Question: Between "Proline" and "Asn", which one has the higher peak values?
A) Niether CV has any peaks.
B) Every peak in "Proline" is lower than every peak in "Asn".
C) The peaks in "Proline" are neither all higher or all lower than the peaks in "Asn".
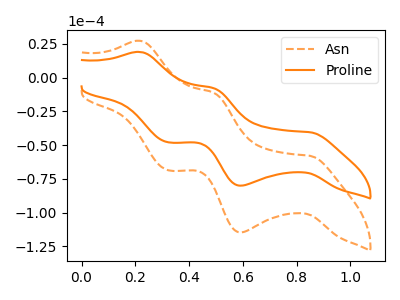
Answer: <think>The orange dashed curve "Asn" has anodic peaks at (0.20V, 27.30uA) (0.50V, -11.20uA) and cathodic peaks at (0.85V, -57.95uA) (0.60V, -114.65uA) (0.30V, -68.60uA). The orange curve "Proline" has anodic peaks at (0.20V, 19.05uA) (0.50V, -7.80uA) and cathodic peaks at (0.85V, -40.45uA) (0.60V, -80.00uA) (0.30V, -47.90uA).</think>
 <answer>C) The peaks in "Proline" are neither all higher or all lower than the peaks in "Asn".</answer>
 <eval>C</eval>